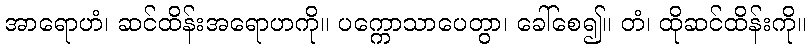
အာရောဟံ၊ ဆင်ထိန်းအရောဟကို။ ပက္ကောသာပေတွာ၊ ခေါ်စေ၍။ တံ၊ ထိုဆင်ထိန်းကို။